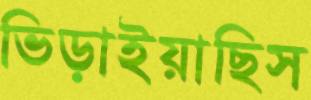
ভিড়াইয়াছিস